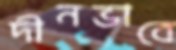
দীনভাবে